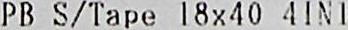
PB S/TAPE 18X40 4IN1